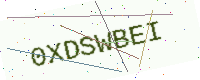
Text: 0XDSWBEI